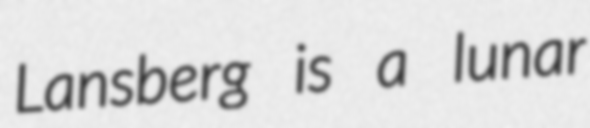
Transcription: Lansberg is a lunar